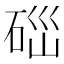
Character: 𥒤